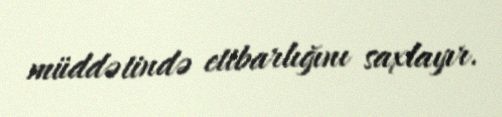
müddətində etibarlığını saxlayır.